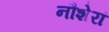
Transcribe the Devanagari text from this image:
नौशेरां